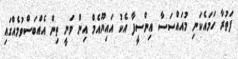
ފަތުރާ ހަމައެކަނި މުއައްސަސާ އިންސީފާ އެކު އައިޔޫއެމް އިން ވަނީ ތިން އެއްބަސްވުމެއްގައި